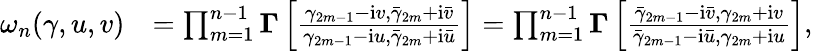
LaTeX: \begin{array}{rl}{\omega_{n}(\gamma,u,v)}&{=\prod_{m=1}^{n-1}\boldsymbol\Gamma\left[\frac{\gamma_{2m-1}-\mathrm{i}v,\bar{\gamma}_{2m}+\mathrm{i}\bar{v}}{\gamma_{2m-1}-\mathrm{i}u,\bar{\gamma}_{2m}+\mathrm{i}\bar{u}}\right]=\prod_{m=1}^{n-1}\boldsymbol\Gamma\left[\frac{\bar{\gamma}_{2m-1}-\mathrm{i}\bar{v},\gamma_{2m}+\mathrm{i}v}{\bar{\gamma}_{2m-1}-\mathrm{i}\bar{u},\gamma_{2m}+\mathrm{i}u}\right],}\end{array}